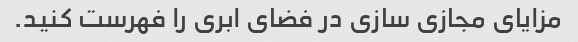
مزایای مجازی سازی در فضای ابری را فهرست کنید.